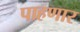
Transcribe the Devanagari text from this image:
पाहणार